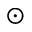
_ \odot